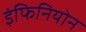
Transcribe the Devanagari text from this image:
इंफिनियोन